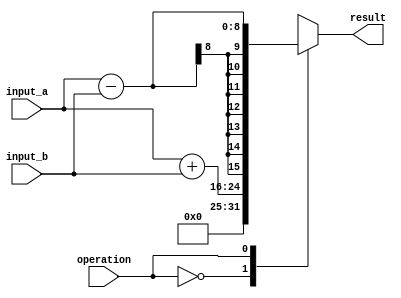
module arithmetic_unit (
    input         [7:0]  input_a,
    input         [7:0]  input_b,
    input                operation,
    output reg    [15:0] result
);

always @(*) begin
    case(operation)
        2'b00: result = input_a + input_b; // Addition
        2'b01: result = input_a - input_b; // Subtraction
        2'b10: result = input_a * input_b; // Multiplication
        2'b11: result = input_a / input_b; // Division
    endcase
end

endmodule